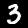
Digit: 3